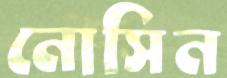
নোসিন